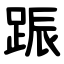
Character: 䟴